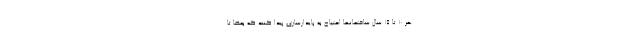
هر ۱۰ تا ۱۵ سال ساختمانها احتیاج به پایدارسازی پیدا کنند که بعضا تا